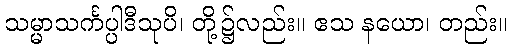
သမ္မာသင်္ကပ္ပါဒီသုပိ၊ တို့၌လည်း။ ဧသ နယော၊ တည်း။